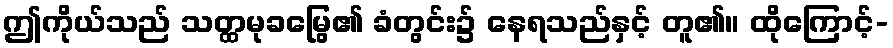
ဤကိုယ်သည် သတ္ထမုခမြွေ၏ ခံတွင်း၌ နေရသည်နှင့် တူ၏။ ထိုကြောင့်-